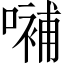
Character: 𡀨